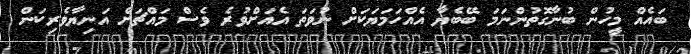
ބައެއް މީހުން ބުނާގޮތުންނަމަ ބޭބެޔާ އެއްހަމަޔަކަށް ނުވަތަ އެއަށްވުރެ ވެސް މައްޗަށް އަނިޔާވެރިކަން